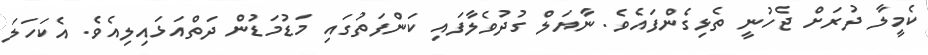
ކެމީލާ ދުރަށް ޖެހުނީ ތެޅިގެންފައެވެ. ނާޔަލް ގުދުވެލާފައި ކަންފަތުގައި މަޑުމަޑުން ދަތްއަޅައިލިއެވެ. އެކަހަލަ